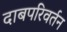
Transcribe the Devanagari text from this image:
दाबपरिवर्तन